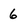
Character: 6